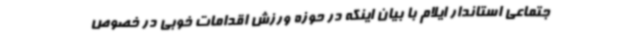
جتماعی استاندار ایلام با بیان اینکه در حوزه ورزش اقدامات خوبی در خصوص